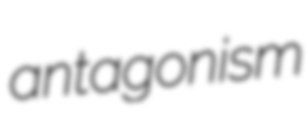
antagonism